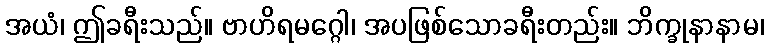
အယံ၊ ဤခရီးသည်။ ဗာဟိရမဂ္ဂေါ၊ အပဖြစ်သောခရီးတည်း။ ဘိက္ခုနာနာမ၊